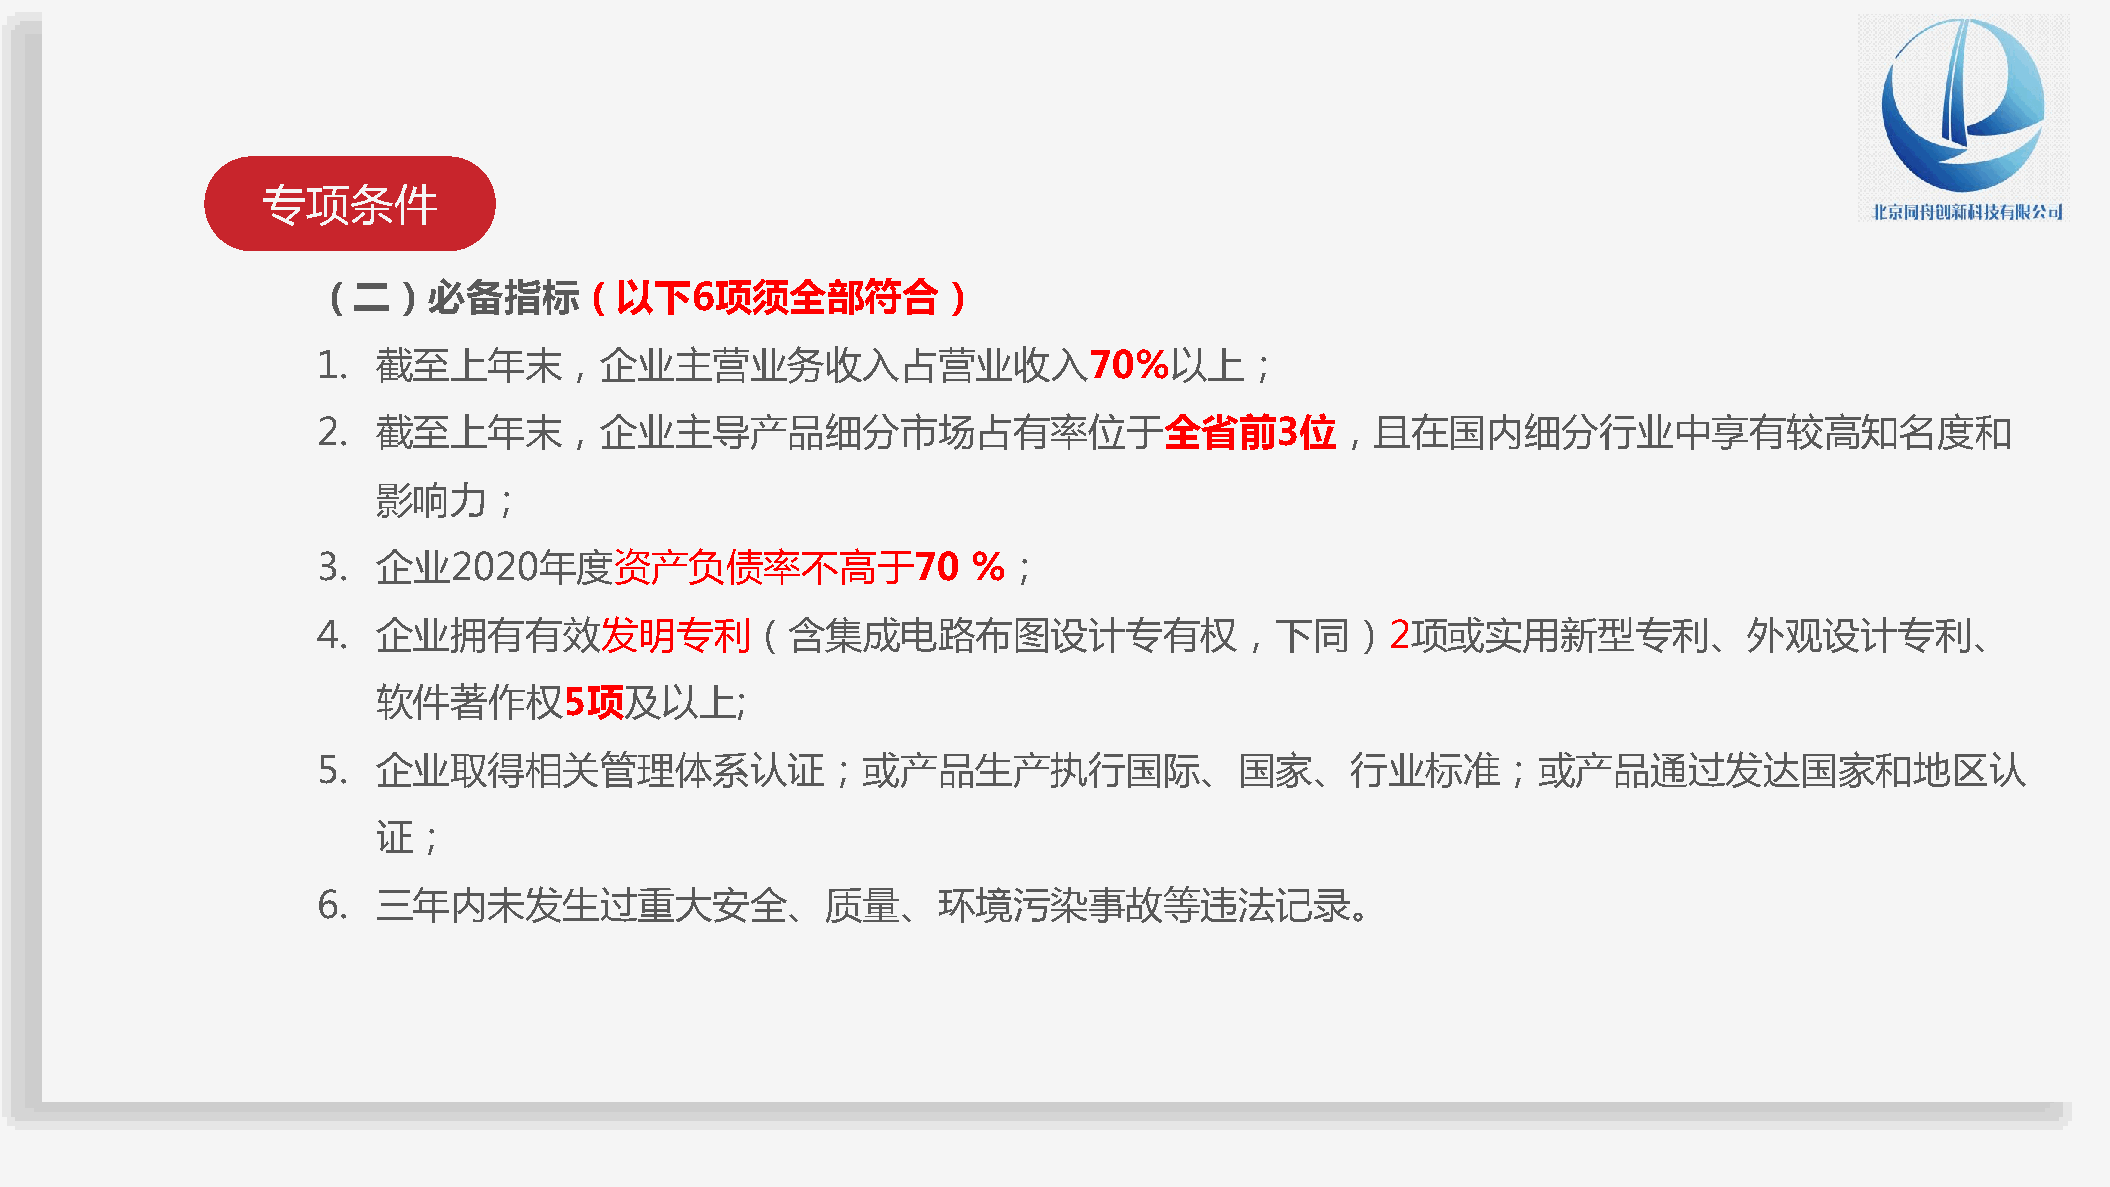
专项条件
 （二）必备指标（以下6项须全部符合）
 1.  截至上年末，企业主营业务收入占营业收入70%以上；
 2.  截至上年末，企业主导产品细分市场占有率位于全省前3位，且在国内细分行业中享有较高知名度和
 影响力；
 3.  企业2020年度资产负债率不高于70                     %；
 4.  企业拥有有效发明专利（含集成电路布图设计专有权，下同）2项或实用新型专利、外观设计专利、
 软件著作权5项及以上;
 5.  企业取得相关管理体系认证；或产品生产执行国际、国家、行业标准；或产品通过发达国家和地区认
 证；
 6.  三年内未发生过重大安全、质量、环境污染事故等违法记录。